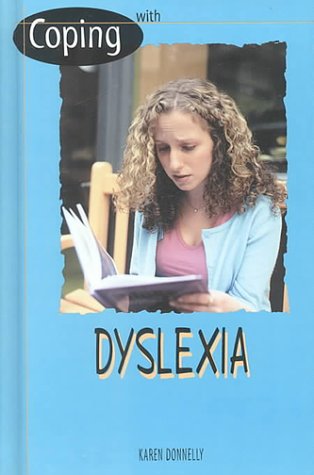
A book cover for Dyslexia (Coping); Karen Donnelly; Teen & Young Adult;